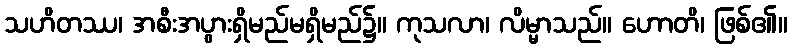
သဟိတဿ၊ အစီးအပွားရှိမည်မရှိမည်၌။ ကုသလာ၊ လိမ္မာသည်။ ဟောတိ၊ ဖြစ်၏။